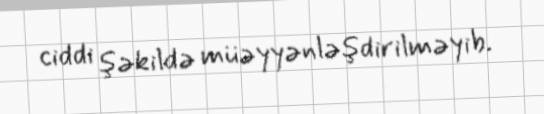
ciddi şəkildə müəyyənləşdirilməyib.